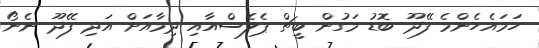
ހަމައެހެންމެ ފޭދޫ ބޮޑު މަގުން ބީޗް ޕެލެސްއާއި ދިމާއަށް އަދި ފޭދޫ ނެނޯ